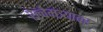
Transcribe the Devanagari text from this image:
रेल्वेमंत्र्यावर